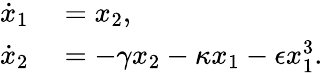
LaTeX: \begin{array}{rl}{\dot{x}_{1}}&{{}=x_{2},}\\ {\dot{x}_{2}}&{{}=-\gamma x_{2}-\kappa x_{1}-\epsilon x_{1}^{3}.}\end{array}